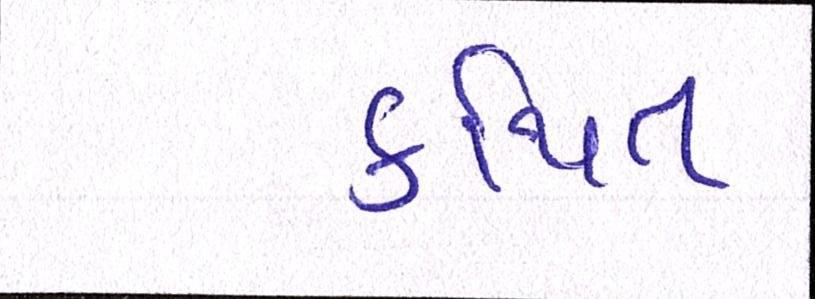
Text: કથિત